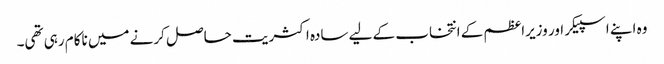
وہ اپنے اسپیکر اور وزیراعظم کے انتخاب کے لیے سادہ اکثریت حاصل کرنے میں ناکام رہی تھی۔